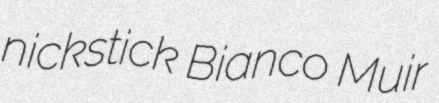
nickstick Bianco Muir